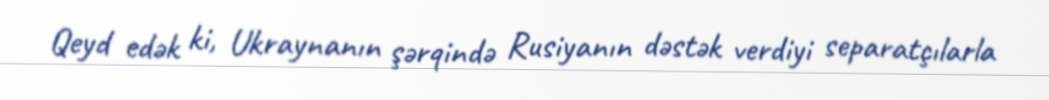
Qeyd edək ki, Ukraynanın şərqində Rusiyanın dəstək verdiyi separatçılarla